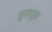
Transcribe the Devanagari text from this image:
सुसाधुता